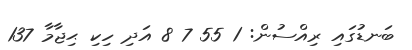
ބަނޑުގައި ރިއްސުން: 1 55 7 8 އަދި ހިކި ޙިޖާމާ 137